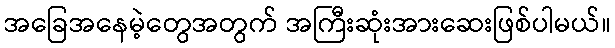
အခြေအနေမဲ့တွေအတွက် အကြီးဆုံးအားဆေးဖြစ်ပါမယ်။